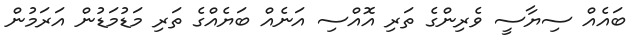
ބައެއް ސިޔާސީ ވެރިންގެ ތަރި އޮއްސި އަނެއް ބަޔެއްގެ ތަރި މަޑުމަޑުން އަރަމުން